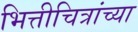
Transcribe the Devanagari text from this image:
भित्तीचित्रांच्या